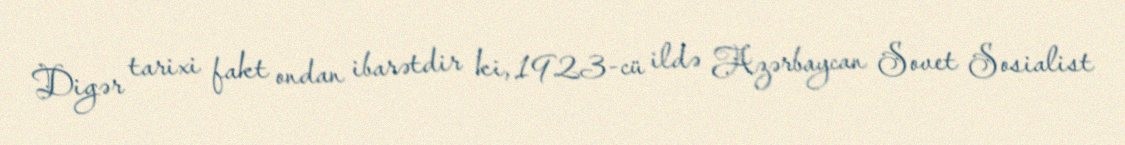
Digər tarixi fakt ondan ibarətdir ki, 1923-cü ildə Azərbaycan Sovet Sosialist